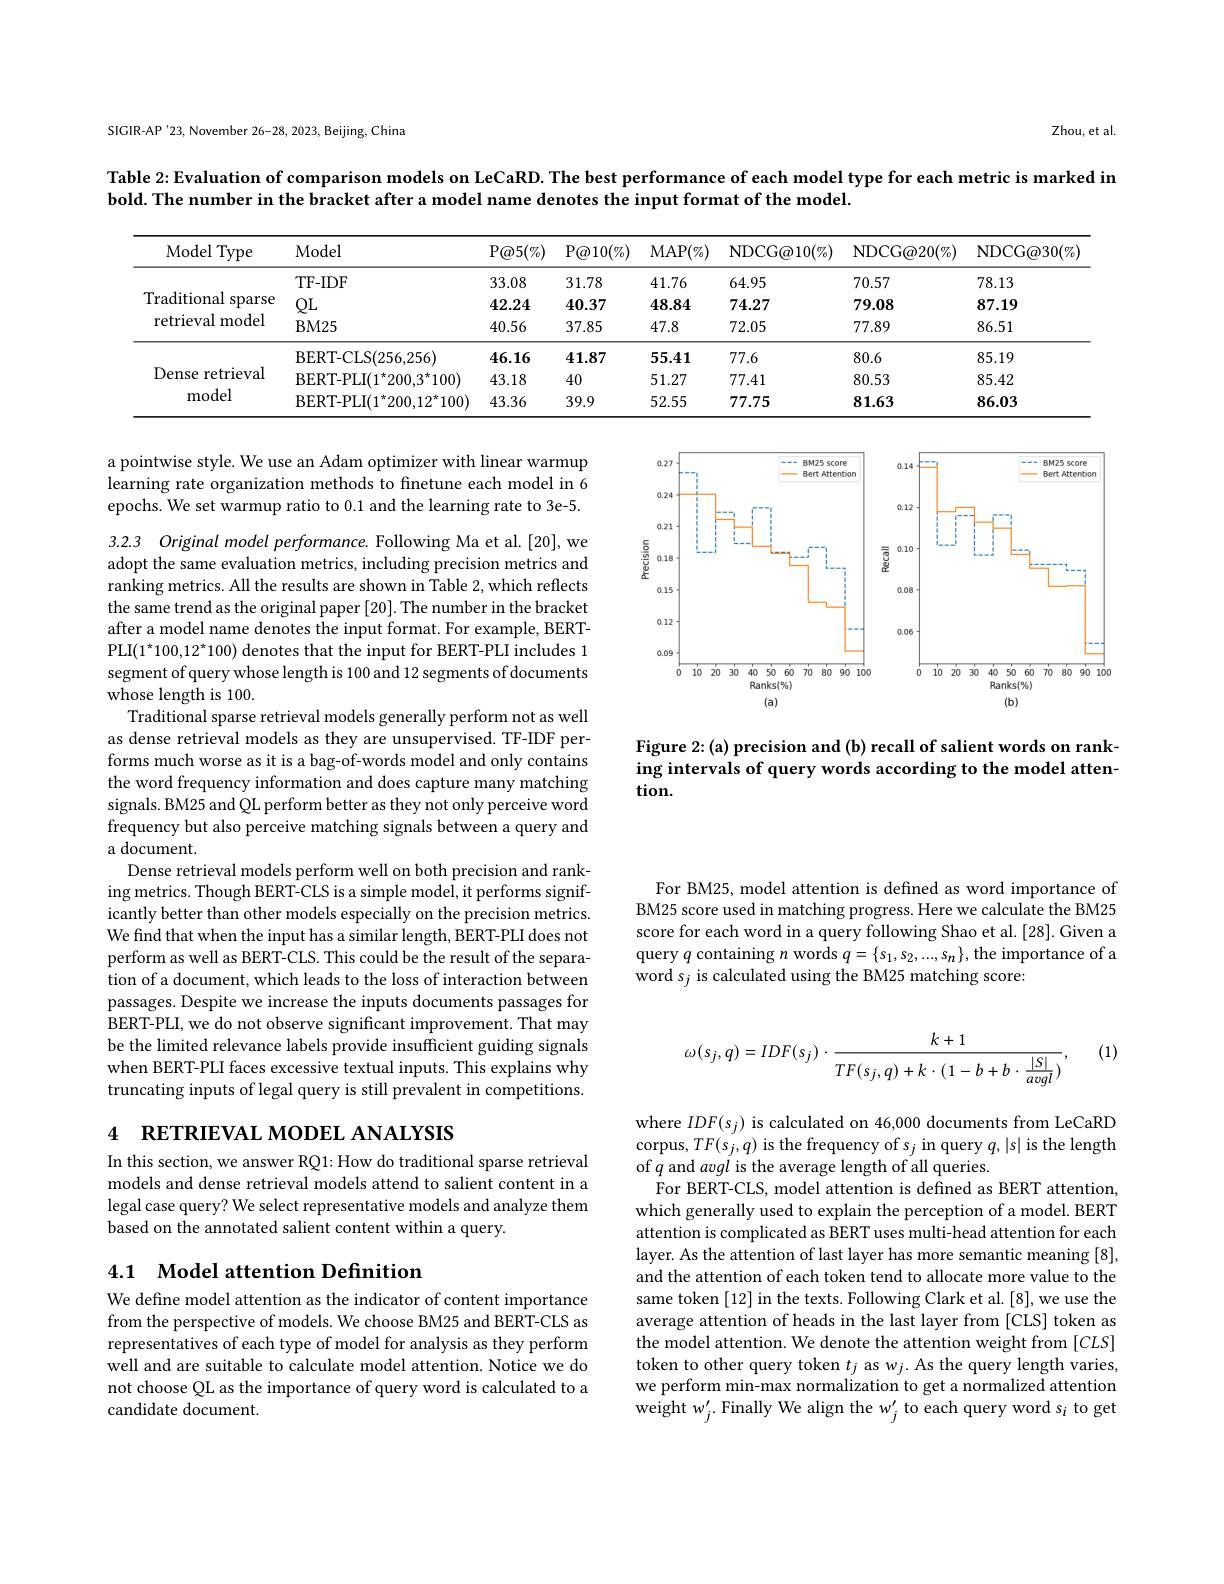
Zhou, et al.

SIGIR-AP'23, November 26-28, 2023, Beijing, China

Table 2: Evaluation of comparison models on LeCaRD. The best performance of each model type for each metric is marked in

bold. The number in the bracket after a model name denotes the input format of the model.

<table>
	<tbody>
		<tr>
			<th>Model Type</th>
			<th>Model</th>
			<th>P@ 5$( \% )$</th>
			<th>P@ 10$( \% )$</th>
			<th>MAP$( \% )$</th>
			<th>NDCG@ 10$( \% )$</th>
			<th>NDCG@ 20$( \% )$</th>
			<th>NDCG@ 30( $\%$) </th>
		</tr>
		<tr>
			<td rowspan="3">Traditional sparse retrieval model</td>
			<td>TF-IDF</td>
			<td>33.08</td>
			<td>31.78</td>
			<td>41.76</td>
			<td>64.95</td>
			<td>70.57</td>
			<td>78.13</td>
		</tr>
		<tr>
			<td>$QL$</td>
			<td>42.24</td>
			<td>40.37</td>
			<td>48.84</td>
			<td>74.27</td>
			<td>79.08</td>
			<td>87.19</td>
		</tr>
		<tr>
			<td>$BM25$</td>
			<td>40.56</td>
			<td>37.85</td>
			<td>47.8</td>
			<td>72.05</td>
			<td>77.89</td>
			<td>86.51</td>
		</tr>
		<tr>
			<td rowspan="3">Dense retrieval model</td>
			<td>BERT- CLS(256,256)</td>
			<td>46.16</td>
			<td>41.87</td>
			<td>55.41</td>
			<td>77.6</td>
			<td>80.6</td>
			<td>85.19</td>
		</tr>
		<tr>
			<td>BERT- PLI$( 1^{\star }200, 3^{\star }100)$</td>
			<td>43.18</td>
			<td>40</td>
			<td>51.27</td>
			<td>77.41</td>
			<td>80.53</td>
			<td>85.42</td>
		</tr>
		<tr>
			<td>BERT- PLI$( 1^{\star }200, 12^{\star }100)$</td>
			<td>43.36</td>
			<td>39.9</td>
			<td>52.55</td>
			<td>77.75</td>
			<td>81.63</td>
			<td>86.03</td>
		</tr>
	</tbody>
</table>

a pointwise style. We use an Adam optimizer with linear warmup learning rate organization methods to finetune each model in 6 epochs. We set warmup ratio to 0.1 and the learning rate to 3e-5.

<FigureHere>

Figure 2:(a) precision and (b) recall of salient words on ranking intervals of query words according to the model atten- $tion.$

3.2.3 Original model performance. Following Ma et al.[20], we adopt the same evaluation metrics, including precision metrics and ranking metrics. All the results are shown in Table 2, which reflects the same trend as the original paper [20]. The number in the bracket after a model name denotes the input format. For example, BERTPLI$(1^*100,12^*100)$ denotes that the input for BERT-PLI includes 1 segment of query whose length is 100 and 12 segments of documents whose length is 100.
Traditional sparse retrieval models generally perform not as well as dense retrieval models as they are unsupervised. TF-IDF performs much worse as it is a bag-of-words model and only contains the word frequency information and does capture many matching signals. BM25 and QL perform better as they not only perceive word frequency but also perceive matching signals between a query and a document
Dense retrieval models perform well on both precision and ranking metrics. Though BERT-CLS is a simple model, it performs significantly better than other models especially on the precision metrics. We find that when the input has a similar length, BERT-PLI does not perform as well as BERT-CLS. This could be the result of the separation of a document, which leads to the loss of interaction between passages. Despite we increase the inputs documents passages for BERT-PLI, we do not observe significant improvement. That may be the limited relevance labels provide insufficient guiding signals when BERT-PLI faces excessive textual inputs. This explains why truncating inputs of legal query is still prevalent in competitions.

For BM25, model attention is defined as word importance of BM25 score used in matching progress. Here we calculate the BM25 score for each word in a query following Shao et al. [28]. Given a query $q$ containing $n$ words $q=\{s_1,s_2,...,s_n\}$, the importance of a word s$_j$ is calculated using the BM25 matching score:

(1)
$$\omega(s_j,q)=IDF(s_j)\cdot\frac{k+1}{TF(s_j,q)+k\cdot(1-b+b\cdot\frac{|S|}{avgl})},$$
4 RETRIEVAL MODEL ANALYSIS

In this section, we answer RQ1: How do traditional sparse retrieval models and dense retrieval models attend to salient content in a legal case query? We select representative models and analyze them based on the annotated salient content within a query.

where $IDF(s_j)$ is calculated on 46,000 documents from LeCaRD corpus, $TF(s_j,q)$ is the frequency of $s_j$ in query $q,|s|$ is the length of $q$ and avgl is the average length of all queries.
For BERT-CLS, model attention is defined as BERT attention, which generally used to explain the perception of a model. BERT attention is complicated as BERT uses multi-head attention for each layer. As the attention of last layer has more semantic meaning [8], and the attention of each token tend to allocate more value to the same token [12] in the texts. Following Clark et al. [8], we use the average attention of heads in the last layer from [CLS] token as the model attention. We denote the attention weight from $[CLS]$ token to other query token $t_j$ as $w_j.$ As the query length varies we perform min-max normalization to get a normalized attention $\dot{\mathrm{weight~}w_{j}^{\prime}.}$Finally We align the w$_j^\prime$ to each query word s$_i$ to get

## 4.1 Model attention Definition

We define model attention as the indicator of content importance from the perspective of models. We choose BM25 and BERT-CLS as representatives of each type of model for analysis as they perform well and are suitable to calculate model attention. Notice we do not choose QL as the importance of query word is calculated to a candidate document.